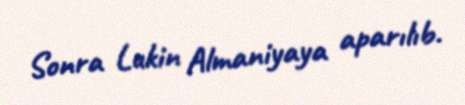
Sonra Lukin Almaniyaya aparılıb.